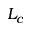
L _ { c }